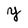
Character: Y